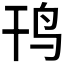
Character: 𱉊